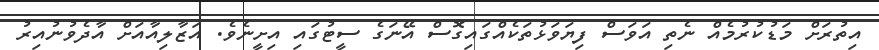
އިތުރަށް މަޑުކުރުމެެއް ނެތި އަވަސް ފިޔަވަޅުތަކެއްގައިގޮސް އޭނަގެ ސީޓުގައި އިށީނެވެ. އަޒާލިއާއަށް އާދެވުނުއިރު